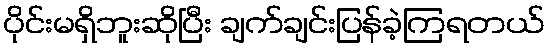
ပိုင်းမရှိဘူးဆိုပြီး ချက်ချင်းပြန်ခဲ့ကြရတယ်